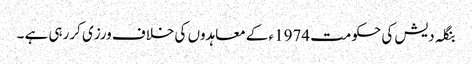
بنگلہ دیش کی حکومت 1974ء کے معاہدوں کی خلاف ورزی کررہی ہے ۔